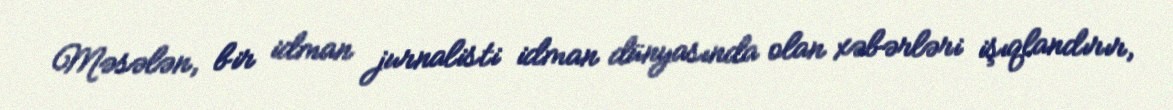
Məsələn, bir idman jurnalisti idman dünyasında olan xəbərləri işıqlandırır,